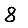
Digit: 8